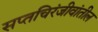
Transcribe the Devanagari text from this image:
सप्तचिरंजीवांतील